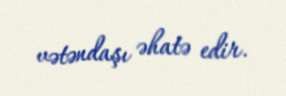
vətəndaşı əhatə edir.